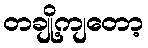
တချို့ကျတော့